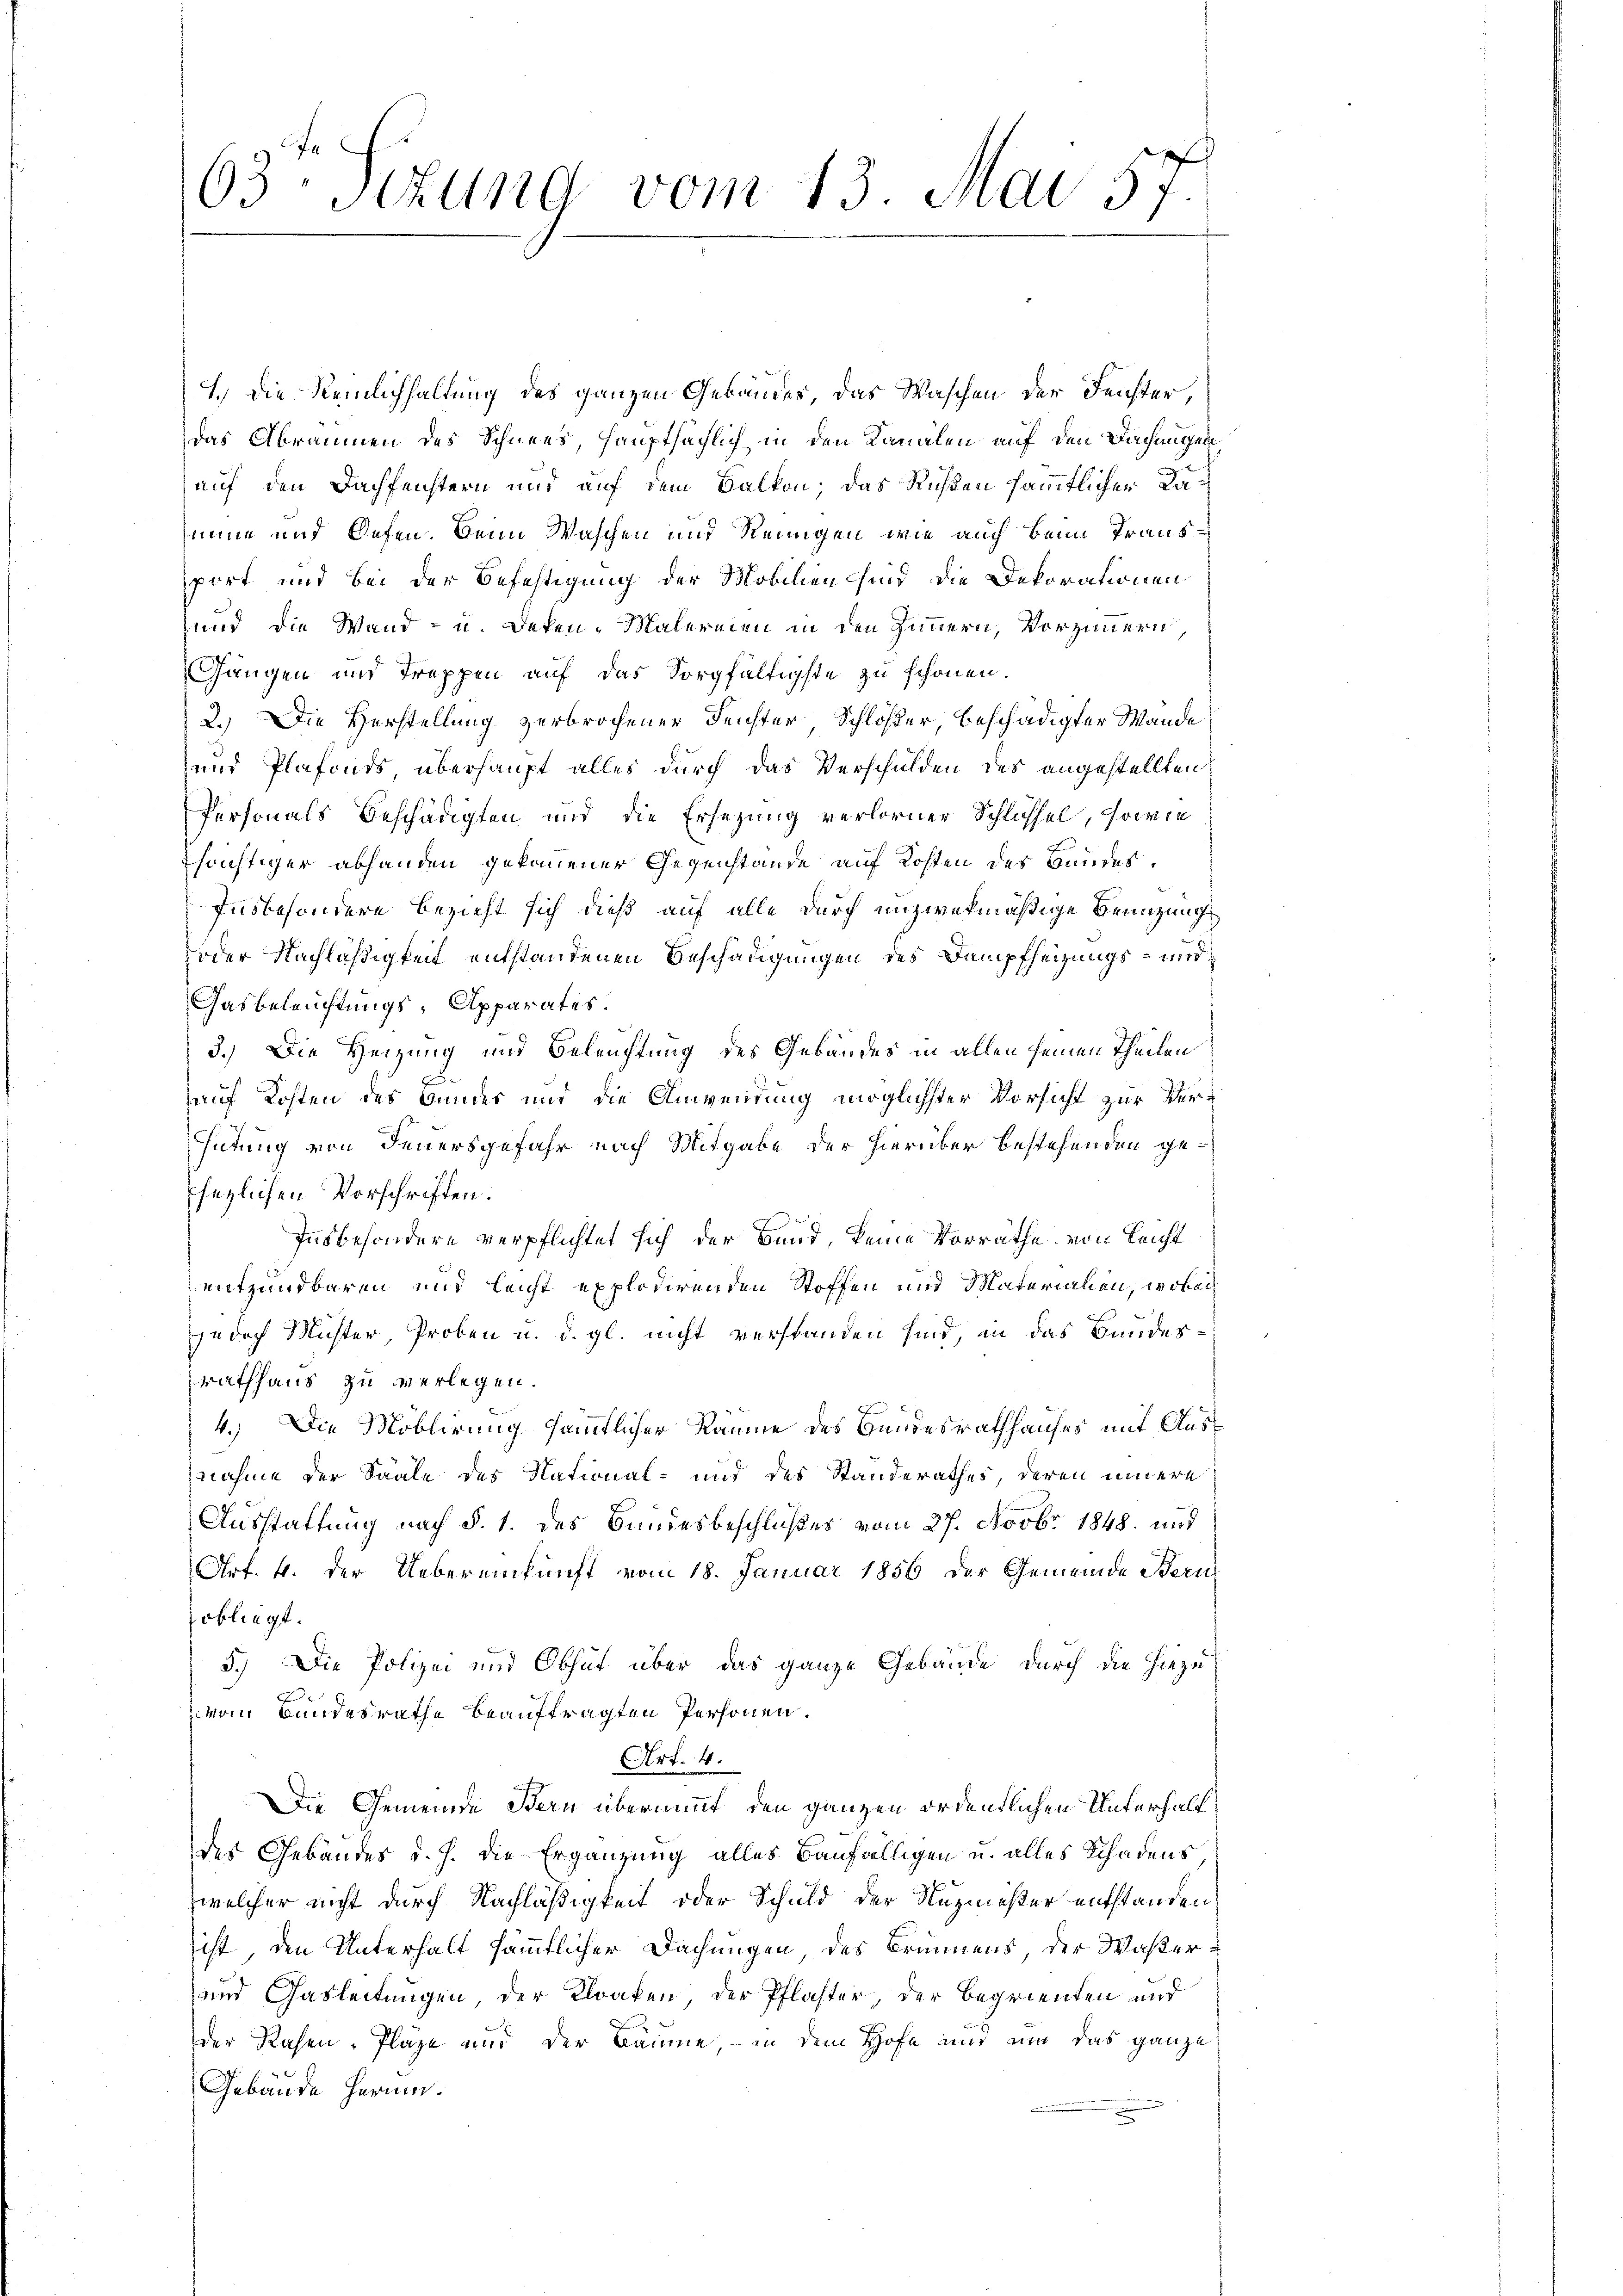
63te Sekund vom 13. Mai 57

1.) Die Nemlichhaltung des ganzen Gebäudes, das Waschen der Fenster,
das Abräumen des Schnees, hauptsächlich in den Kanalen auf den Dachungen
auf den Dachfeichtern und auf dem Balkon; das Richten sämmtlicher Kamune und Oefen. Beim Waschen und Reinigen wie auch beim Transport und bei der Befestigung der Mobilien sind die Dekorationen
und die Wand- u. Deten-Malereien in den Zimmern, Vorzimmern,
Gangen und Treppen auf das Sorgfältigste zu schönen.
2.) Die Herstellung verbrochener Fenster, Schlößer, beschädigter Wande
und Plafonds überhaupt alles durch das Verschulden des angestellten
Personals Beschädigten und die Ersezung verlorner Schlüssel, sowie
süchtiger abhanden gekommener Gegenstände auf Kosten des Bandes¬
Insbesondere bezieht sich dieß auf alle durch unzwekmäßige Benuzungs
oder Nachläßigkeit entstandenen Beschädigungen des Dampfheizungs- und
Gasbeleuchtungs-Apparates.
3.) Die Heizung und Beleuchtung des Gebäudes in allen seinen Theilen
auf Kosten des Bundes und die Anwendung möglichster Vorsicht zur Verhütung von Feuersgefahr nach Mitgabe der hierüber bestehenden ge¬
Ehezlichen Vorschriften.
Insbesondere verpflichtet sich der Bund, keine Vorräthe von Leicht
entzündbaren und leicht explodirenden Stoffen und Materialien, wobei
jedoch Mister, Proben u. d. gl. nicht verstanden sind, in das Bundes¬
Rathhaus zu verlegen.
4.) Die Moblirung sämmtlicher Räume des Bundesrathhauses mit Ausnahme der Saale des National- und des Standerathes, deren innere
Ausstattung nach §. 1. des Bundesbeschlußes vom 27. Novbr. 1848 und
Art. 4. der Uebereinkunft vom 18. Januar 1856 der Gemeinde Bern
sobliegt.
5.) Die Polizei und Obhut über das ganze Gebäude durch die hiezuvon Bundesrathe beauftragten Personen.
Art. 4.
Die Gemeinde Bern übernimmt, den ganzen ordentlichen Unterhalt
des Gebäudes d. h. die Ergänzung alles Baufälligen u. alles Schadens,
welcher nicht durch Nachläßigkeit oder Schuld der Nuzinister entstanden
ist, den Unterhalt sämmtlicher Dachungen des Brunnens, der Waßer¬
und Gasleitungen, der Kloaken, der Pflaster, der Begrienten und
der Rasen, Plaze und der Bäume, – in dem Hofe nur um das ganze
Gebäude herum.